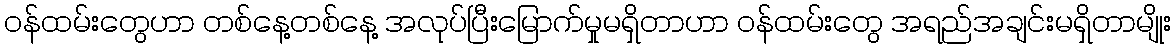
ဝန်ထမ်းတွေပာာ တစ်နေ့တစ်နေ့ အလုပ်ပြီးမြောက်မှုမရှိတာပာာ ဝန်ထမ်းတွေ အရည်အချင်းမရှိတာမျိုး